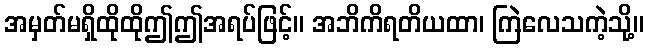
အမှတ်မရှိထိုထိုဤဤအရပ်ဖြင့်။ အဘိကိရတိယထာ၊ ကြဲလေသကဲ့သို့။